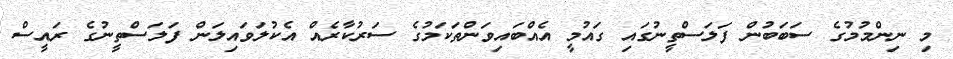
މި ނިންމުމުގެ ސަބަބުން ފަލަސްތީނުގައި ގައުމީ އެއްބައިވަންތަކަމުގެ ސަރުކާރެއް އެކުލަވައިލަން ފަލަސްތީނުގެ ރައީސް